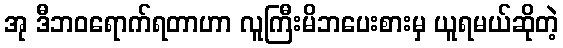
အု ဒီဘဝရောက်ရတာဟာ လူကြီးမိဘပေးစားမှ ယူရမယ်ဆိုတဲ့